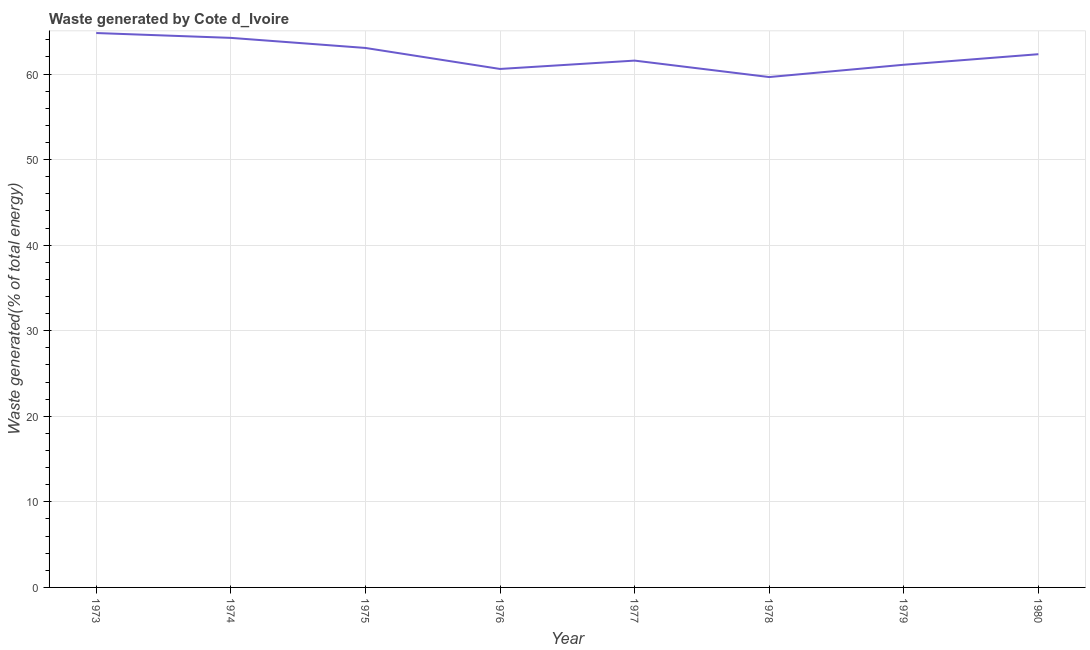
| Year | Combustible renewables and waste (% of total energy) |
 | --- | --- |
 | 1973 | 64.8 |
 | 1974 | 64.2 |
 | 1975 | 63.1 |
 | 1976 | 60.6 |
 | 1977 | 61.6 |
 | 1978 | 59.6 |
 | 1979 | 61.1 |
 | 1980 | 62.3 |